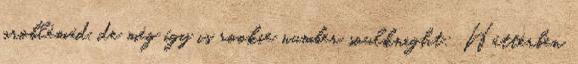
problémád, de még így is rookie number soulknight: Háttérben